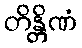
တိန္တိဏံ